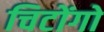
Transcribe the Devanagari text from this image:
चिटोंगो